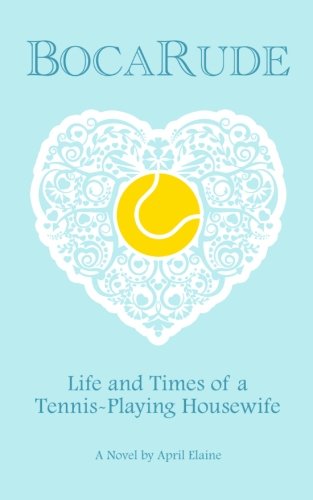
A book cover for BocaRude: Life and Times of a Tennis-Playing Housewife; April Elaine; Romance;